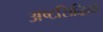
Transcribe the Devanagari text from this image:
अष्टसिद्धियों